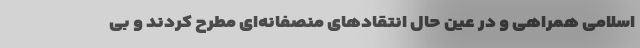
اسلامی همراهی و در عین حال انتقاد‌های منصفانه‌ای مطرح کردند و بی